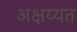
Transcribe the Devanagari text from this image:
अक्षय्यत